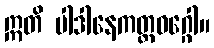
ဣတိ ပါဒါနေကတ္ထဝဂ္ဂေါ။